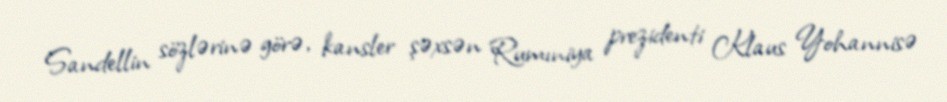
Sandellin sözlərinə görə, kansler şəxsən Rumıniya prezidenti Klaus Yohannisə